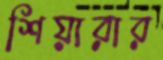
শিয়ারার